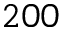
2 0 0